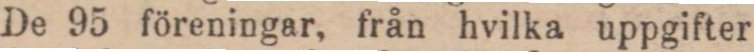
De 95 föreningar, från hvilka uppgifter